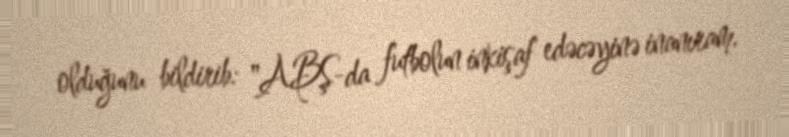
olduğunu bildirib: "ABŞ-da futbolun inkişaf edəcəyinə inanıram.